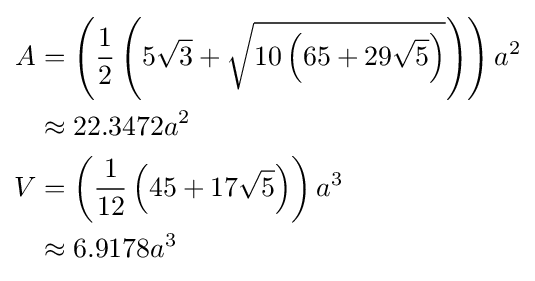
{\begin{aligned}A&=\left({\frac {1}{2}}\left(5{\sqrt {3}}+{\sqrt {10\left(65+29{\sqrt {5}}\right)}}\right)\right)a^{2}\\&\approx 22.3472a^{2}\\V&=\left({\frac {1}{12}}\left(45+17{\sqrt {5}}\right)\right)a^{3}\\&\approx 6.9178a^{3}\end{aligned}}